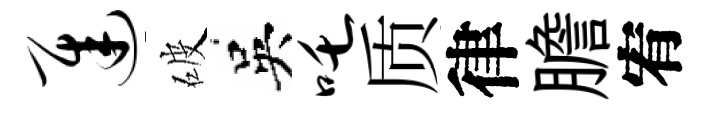
迟破吳吒质律膽宥